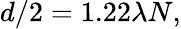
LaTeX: d/2=1.22\lambda N,